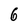
Character: 6